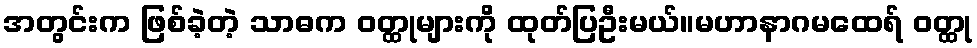
အတွင်းက ဖြစ်ခဲ့တဲ့ သာဓက ဝတ္ထုများကို ထုတ်ပြဦးမယ်။မဟာနာဂမထေရ် ဝတ္ထု